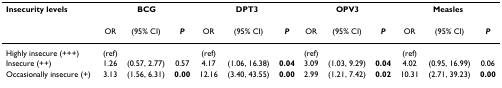
<table><thead><tr><td><b>Insecurity levels</b></td><td colspan="3"><b>BCG</b></td><td colspan="3"><b>DPT3</b></td><td colspan="3"><b>OPV3</b></td><td colspan="3"><b>Measles</b></td></tr><tr><td></td><td><b>OR</b></td><td><b>(95% CI)</b></td><td><b><i>P</i></b></td><td><b>OR</b></td><td><b>(95% CI)</b></td><td><b><i>P</i></b></td><td><b>OR</b></td><td><b>(95% CI)</b></td><td><b><i>P</i></b></td><td><b>OR</b></td><td><b>(95% CI)</b></td><td><b><i>P</i></b></td></tr></thead><tbody><tr><td>Highly insecure (+++)</td><td>(ref)</td><td></td><td></td><td>(ref)</td><td></td><td></td><td>(ref)</td><td></td><td></td><td>(ref)</td><td></td><td></td></tr><tr><td>Insecure (++)</td><td>1.26</td><td>(0.57, 2.77)</td><td>0.57</td><td>4.17</td><td>(1.06, 16.38)</td><td><b>0.04</b></td><td>3.09</td><td>(1.03, 9.29)</td><td><b>0.04</b></td><td>4.02</td><td>(0.95, 16.99)</td><td>0.06</td></tr><tr><td>Occasionally insecure (+)</td><td>3.13</td><td>(1.56, 6.31)</td><td><b>0.00</b></td><td>12.16</td><td>(3.40, 43.55)</td><td><b>0.00</b></td><td>2.99</td><td>(1.21, 7.42)</td><td><b>0.02</b></td><td>10.31</td><td>(2.71, 39.23)</td><td><b>0.00</b></td></tr></tbody></table>